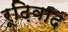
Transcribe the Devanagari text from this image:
रूढ़िवाद